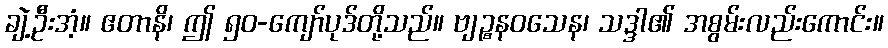
ချဲ့ဦးအံ့။ ဧတာနိ၊ ဤ ၅၀-ကျော်ပုဒ်တို့သည်။ ဗျဉ္စနဝသေန၊ သဒ္ဒါ၏ အစွမ်းလည်းကောင်း။